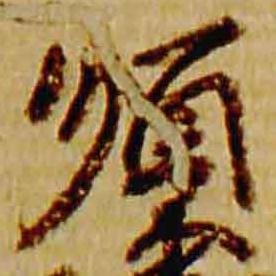
順